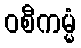
ဝစီကမ္မံ